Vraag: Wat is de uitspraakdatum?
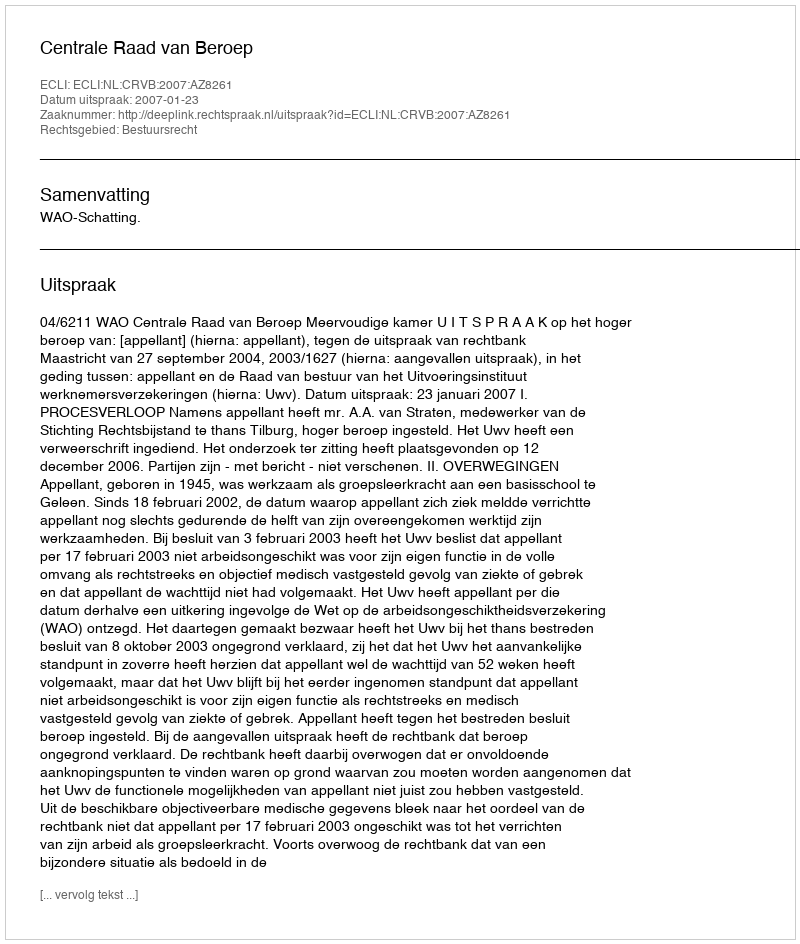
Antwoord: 2007-01-23